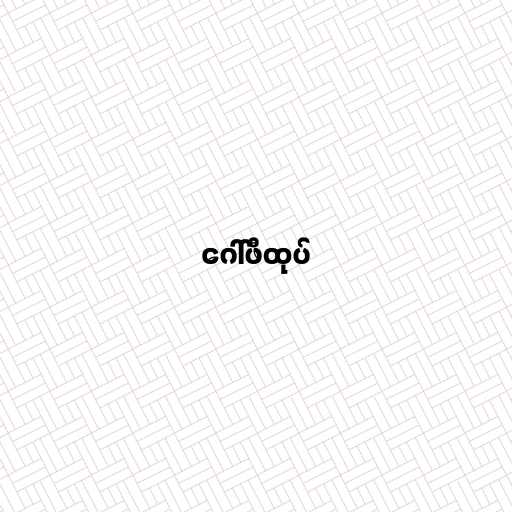
ဂေါ်ဖီထုပ်